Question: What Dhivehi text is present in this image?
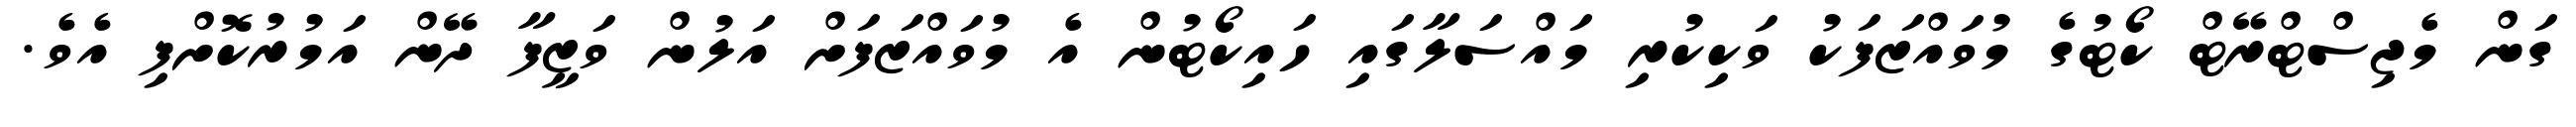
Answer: ގަން މެޖިސްޓްރޭޓް ކޯޓުގެ މުވައްޒަފަކު ވަކިކުރި މައްސަލާގައި ހައިކޯޓުން އެ މުވައްޒަފަށް އަލުން ވަޒީފާ ދޭން އަމުރުކޮށްފި އެވެ.